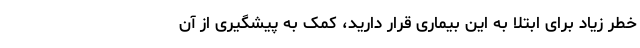
خطر زیاد برای ابتلا به این بیماری قرار دارید، کمک به پیشگیری از آن